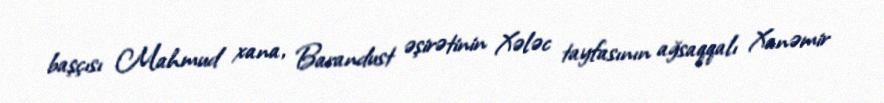
başçısı Mahmud xana, Barandust əşirətinin Xələc tayfasının ağsaqqalı Xanəmir